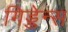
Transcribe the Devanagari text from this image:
गिड्डेन्स